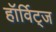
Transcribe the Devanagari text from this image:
हॉर्विट्ज